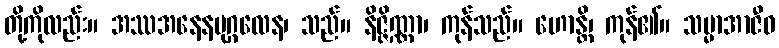
တို့ကိုလည်း။ အဿအနေနပုဂ္ဂလေန၊ သည်။ နိဇ္ဇိဏ္ဏာ၊ ကုန်သည်။ ဟောန္တိ၊ ကုန်၏။ သမ္မာအာဇီဝ